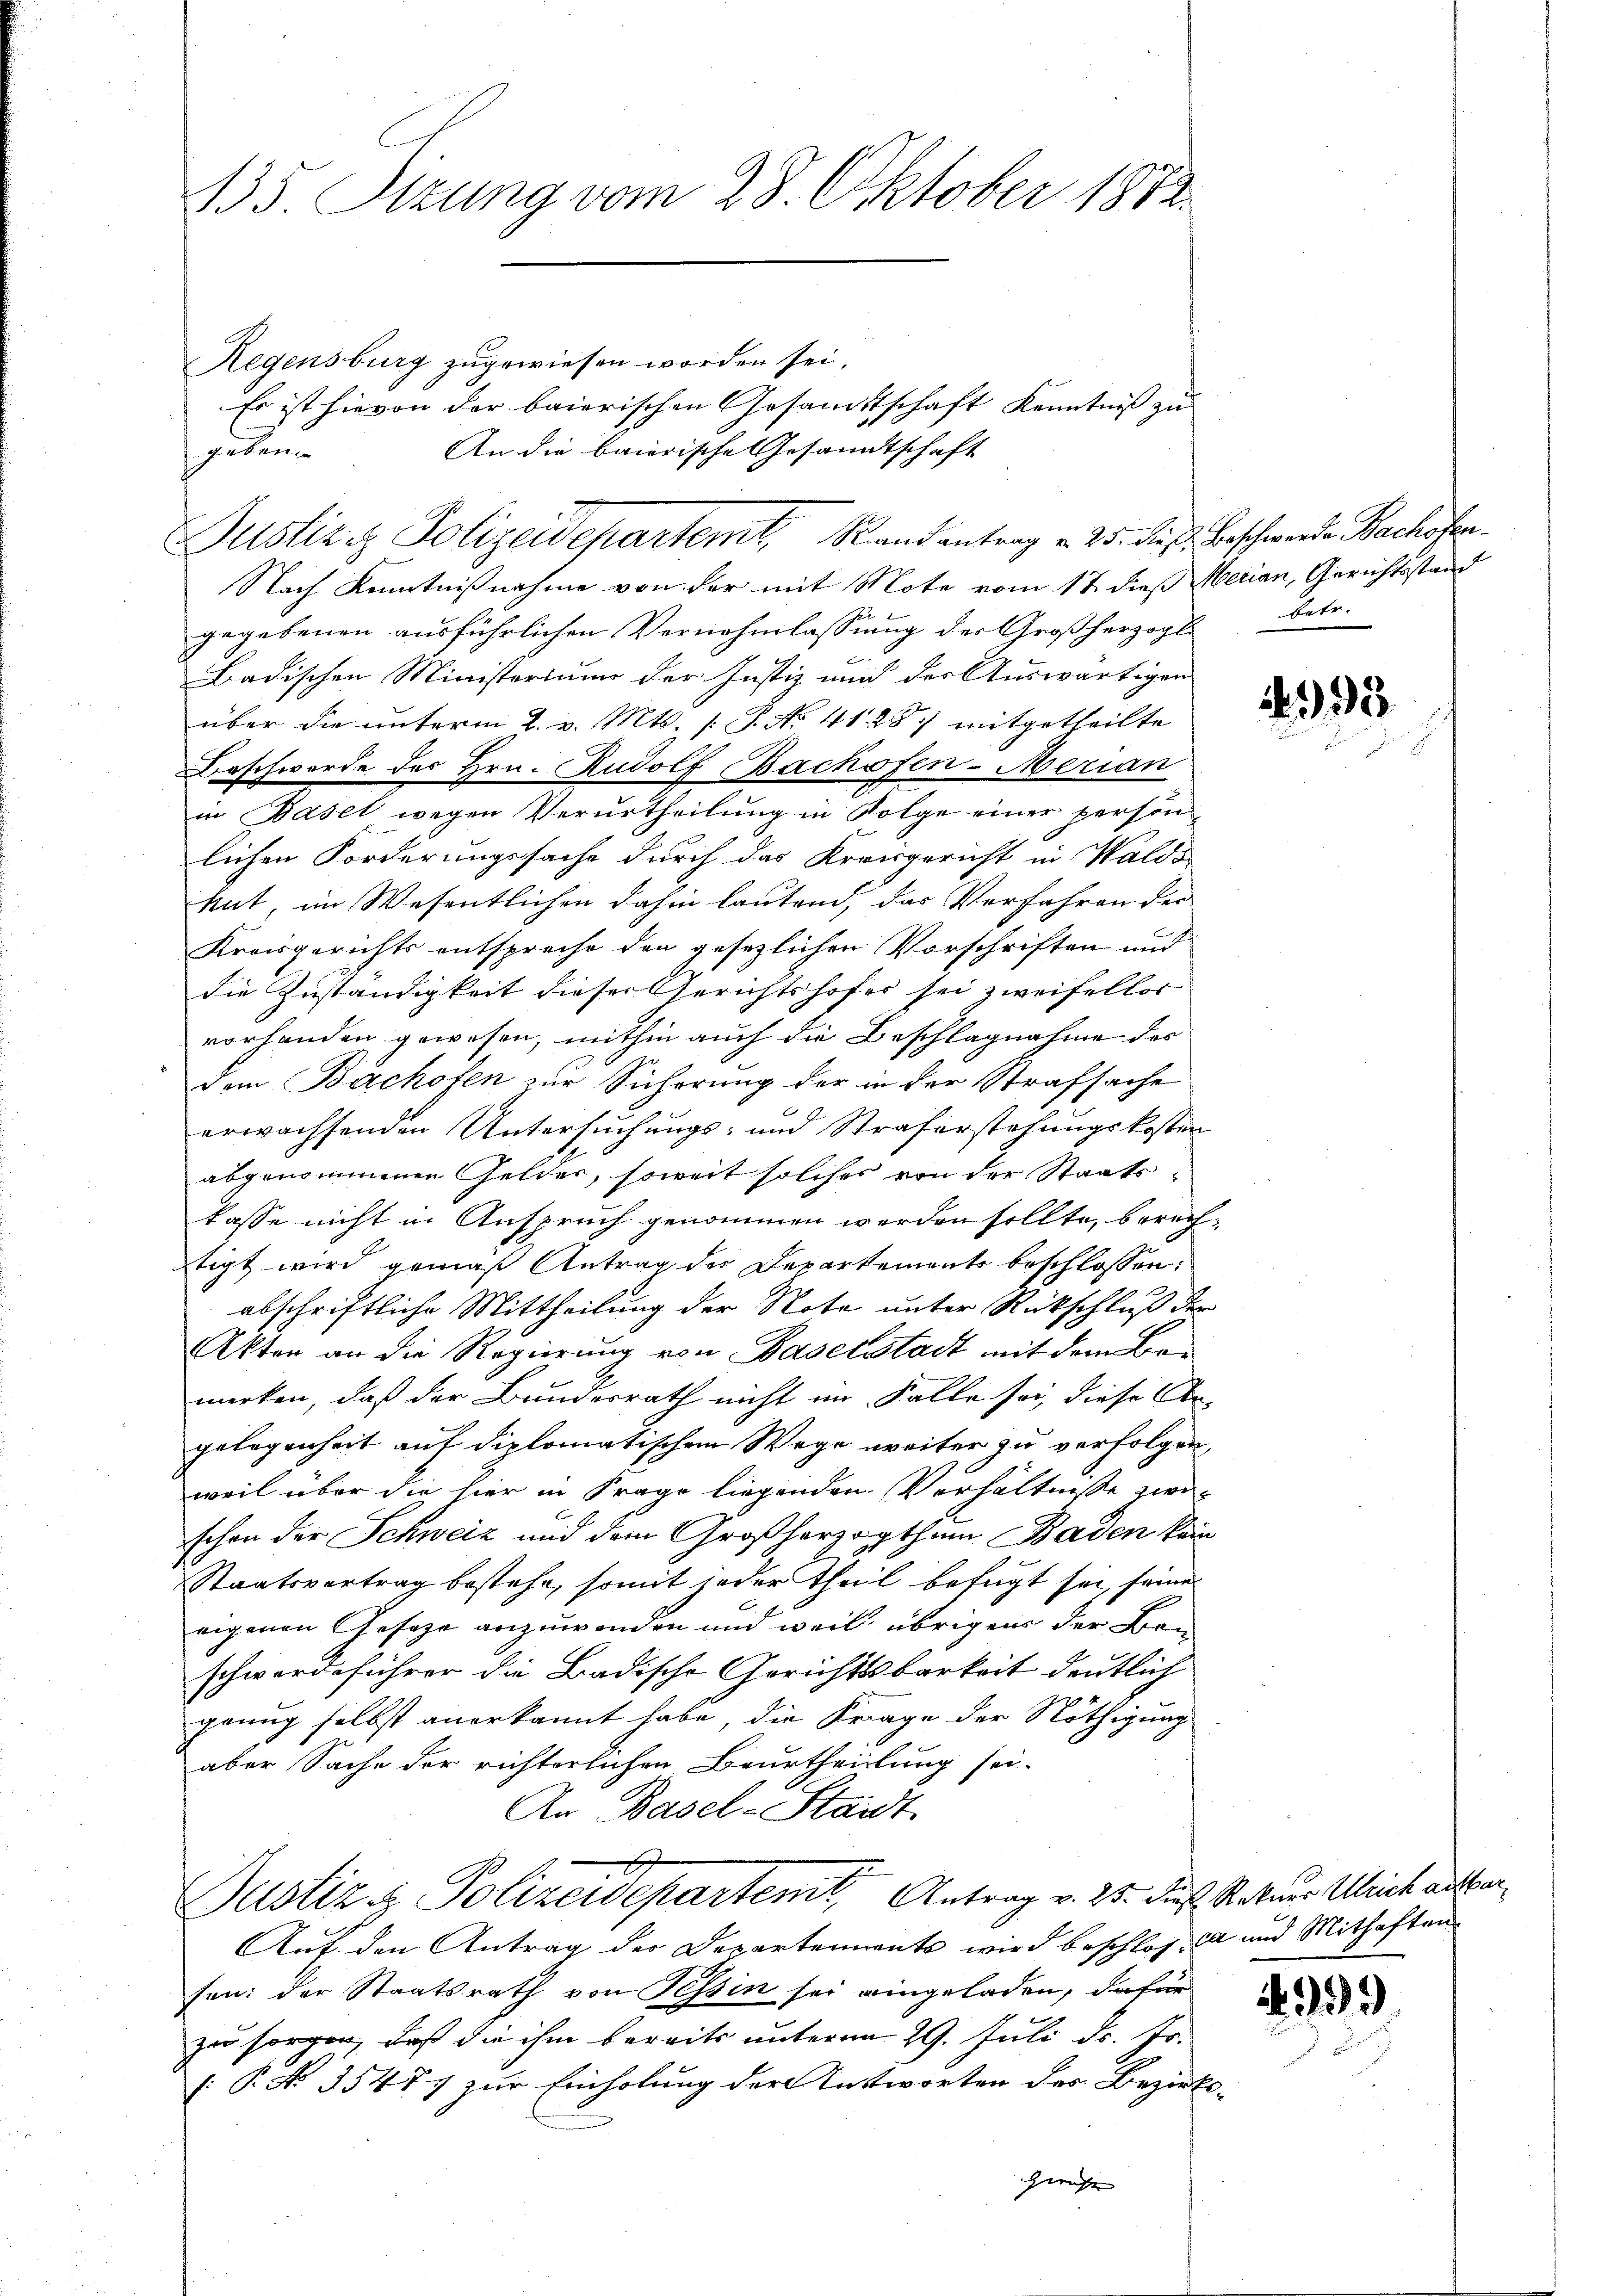
135. Sizung vom 28. Oktober 1882

Regensburg zugewiesen worden sei.
geben
Nach Kenntnißnahme von der mit Mote vom 17. dieß Merian, Gerichtsstand
gegebenen ausführlichen Vernehmlassung der Großherzogl.
badischen Ministerium der Justiz und der Auswärtigen
über die unterm 2. v. Mts. [ P. No 41. 287 mitgetheilte
Beschwerde des Hrn. Rudolf Bachofen-Merian
in Basel wegen Verurtheilung in Folge einer persönlichen Forderungssache durch das Kreisgericht in Walds
Mat, im Wesentlichen dahin lautend, das Verfahren der
Kreisgerichts entspreche den gesezlichen Vorschriften und
die Zuständigkeit dieser Gerichtshofes sei zweifellos
vorhanden gewesen, mithin auch die Beschlagnahme des
dem Bachsten zur Sicherung der in der Strafsache
erwachsenden Untersuchungs- und Straferstehungskosten
abgenommenen Gelder, soweit solches von der Staatskasse nicht in Anspruch genommen werden sollte, berechtigt wird gemäß Antrag der Departemente beschlossen:
abschriftliche Mittheilung der Note unter Rückschluß der
Akten an die Regierung von Baselstadt mit dem Bemerken, daß der Bundesrath nicht im Falle sei, diese An-
gelegenheit auf diplomatischem Wege weiter zu verfolgen,
weil über die hier in Frage liegenden Verhältnisse zwischon der Schweiz und dem Großherzogthum Baden kein
Staatsvertrag bestehe, somit jeder theil befügt sei, seine
eigenen Geser anzuwenden und weil übrigen der Bau
schwerdeführer die Badische Gerichtsbarkeit deutlich
genug selbst anerkannt habe, die Frage der Nöthigung
aber Sache der richterlichen Beurtheilung sei-
An Basel-Standt
x
Justiz & Polizeidepartem Antrag v. 25. dieß Rekurs Ulrich ausser¬
Auf den Antrag des Departements wird beschloß ca und Mithaften
fen: der Staatsrath von Tessin sei eingeladen, dafür
zu sorgen, daß die ihm bereits unterm 29. Juli d. Js.
[: P. No. 35477 zur Einholung der Entworten des Bezirks-

Es ist hievon der baierischen Gesandttschaft Kenntniß zu
An die baierische Gesandtschaft
Justiziz Polizeidchartemt, Randantrag u. 25. dieß. Beschwerde Bachofer

Gericht

betr.

93

2

.